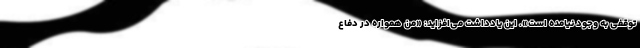
توقفی به وجود نیامده است». این یادداشت می‌افزاید: «من همواره در دفاع